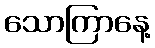
သောကြာနေ့